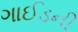
ગાઈડની